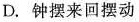
D.钟摆来回摆动